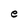
Character: e